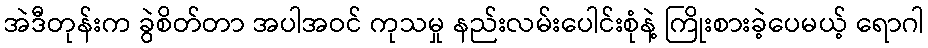
အဲဒီတုန်းက ခွဲစိတ်တာ အပါအဝင် ကုသမှု နည်းလမ်းပေါင်းစုံနဲ့ ကြိုးစားခဲ့ပေမယ့် ရောဂါ